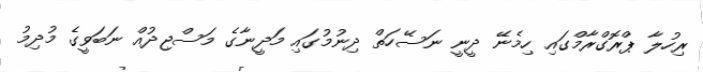
ރިހުލާ ޕްރޮގްރާމްގައި ހިމެނޭ ދީނީ ނަސޭހަތް ދިނުމުގައި މަދީނާގެ މަސްޖިދުއް ނަބަވީގެ މުދިމު